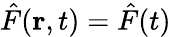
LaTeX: \hat{F}({\mathbf r},t)=\hat{F}(t)